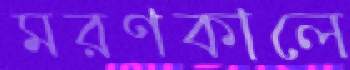
মরণকালে